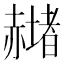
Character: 𧹻